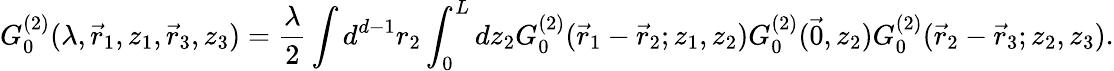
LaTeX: G_{0}^{(2)}(\lambda,\vec{r}_{1},z_{1},\vec{r}_{3},z_{3})=\frac{\lambda}{2}\int d^{d-1}r_{2}\int_{0}^{L}dz_{2}G_{0}^{(2)}(\vec{r}_{1}-\vec{r}_{2};z_{1},z_{2})G_{0}^{(2)}(\vec{0},z_{2})G_{0}^{(2)}(\vec{r}_{2}-\vec{r}_{3};z_{2},z_{3}).